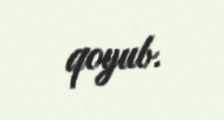
qoyub.